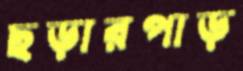
ছড়ারপাড়